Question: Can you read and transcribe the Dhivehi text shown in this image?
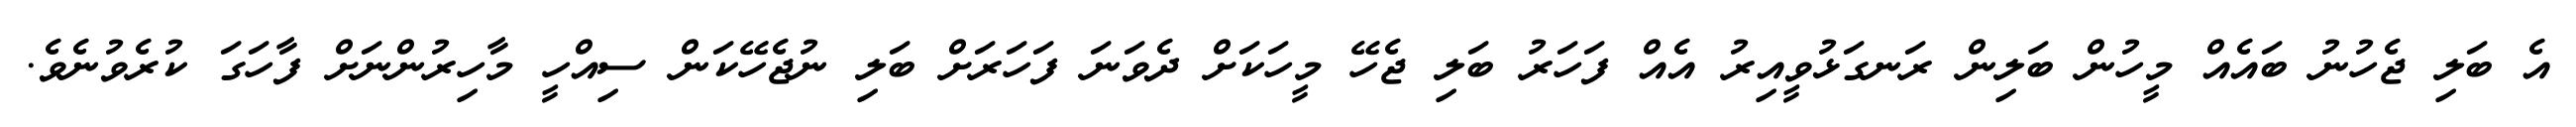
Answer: އެ ބަލި ޖެހުނު ބައެއް މީހުން ބަލިން ރަނގަޅުވީއިރު އެއް ފަހަރު ބަލި ޖެހޭ މީހަކަށް ދެވަނަ ފަހަރަށް ބަލި ނުޖެހޭކަން ސިއްހީ މާހިރުންނަށް ފާހަގަ ކުރެވުނެވެ.